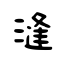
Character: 漨